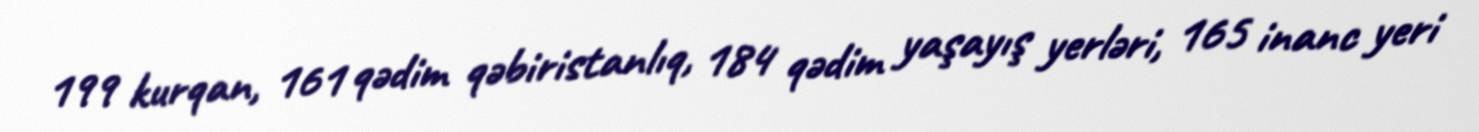
199 kurqan, 161 qədim qəbiristanlıq, 184 qədim yaşayış yerləri, 165 inanc yeri